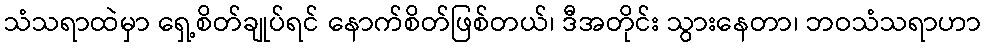
သံသရာထဲမှာ ရှေ့စိတ်ချုပ်ရင် နောက်စိတ်ဖြစ်တယ်၊ ဒီအတိုင်း သွားနေတာ၊ ဘဝသံသရာဟာ